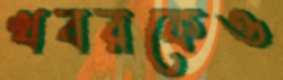
খবরকেও